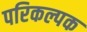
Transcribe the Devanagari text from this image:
परिकल्पक